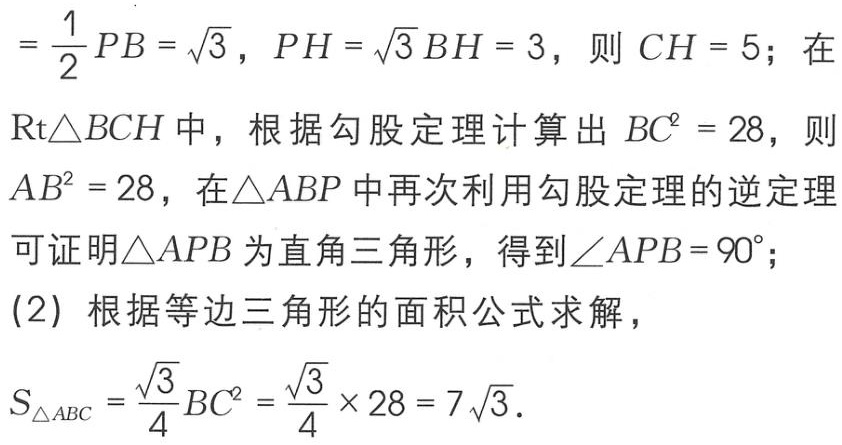
$=\frac{1}{2}PB = \sqrt{3}，PH = \sqrt{3}BH = 3，则CH = 5；在$
$\text{Rt}\triangle BCH中，根据勾股定理计算出}BC^{2}=28，则$
$AB^{2}=28，在\triangle ABP中再次利用勾股定理的逆定理$
$可证明\triangle APB为直角三角形，得到\angle APB = 90^{\circ}；$
$(2)根据等边三角形的面积公式求解，$
$S_{\triangle ABC}=\frac{\sqrt{3}}{4}BC^{2}=\frac{\sqrt{3}}{4}\times28 = 7\sqrt{3}.$